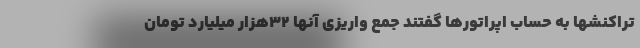
تراکنشها به حساب اپراتورها گفتند جمع واریزی آنها ۳۲هزار میلیارد تومان